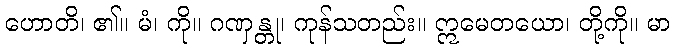
ဟောတိ၊ ၏။ မံ၊ ကို။ ဂဏှန္တု၊ ကုန်သတည်း။ ဣမေတယော၊ တို့ကို။ မာ